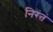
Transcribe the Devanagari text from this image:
निरंतं